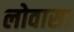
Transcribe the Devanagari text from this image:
लोवासा